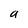
Character: a